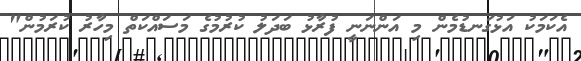
އެކަމަކު އަޅުގަނޑުމެން މި އަންނަނީ ފުރާޅު ބަދަލު ކުރުމުގެ މަސައްކަތް މިހާރު ކުރަމުން"